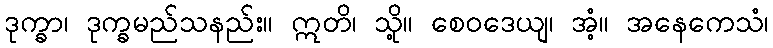
ဒုက္ခာ၊ ဒုက္ခမည်သနည်း။ ဣတိ၊ သို့။ စေဝဒေယျ၊ အံ့။ အနေကေသံ၊